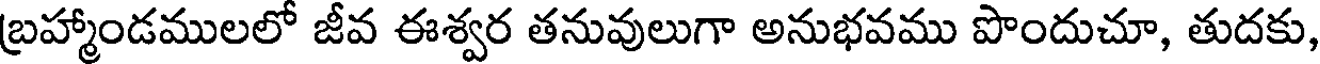
బ్రహ్మాండములలో జీవ ఈశ్వర తనువులుగా అనుభవము పొందుచూ, తుదకు,